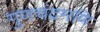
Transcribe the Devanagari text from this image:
गुणचंद्रमणि